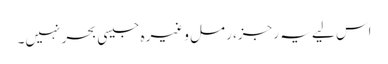
اس لیے یہ رجز، رمل وغیرہ جیسی بحر نہیں۔